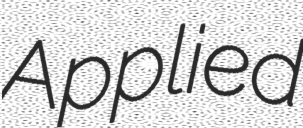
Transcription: Applied